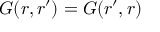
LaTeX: G ( r , r ^ { \prime } ) = G ( r ^ { \prime } , r )